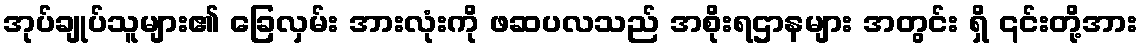
အုပ်ချုပ်သူများ၏ ခြေလှမ်း အားလုံးကို ဖဆပလသည် အစိုးရဌာနများ အတွင်း ရှိ ၎င်းတို့အား